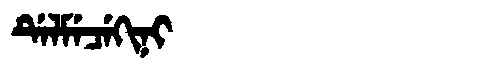
Manchu: ᡩᡝᠯᠮᡝᠴᡝᡴᡳᠨᡳ
Romanization: DELMECEKINI